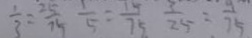
\frac { 1 } { 3 } = \frac { 2 5 } { 7 5 } \frac { 1 } { 5 } = \frac { 1 5 } { 7 5 } \frac { 3 } { 2 5 } = \frac { 1 } { 7 5 }